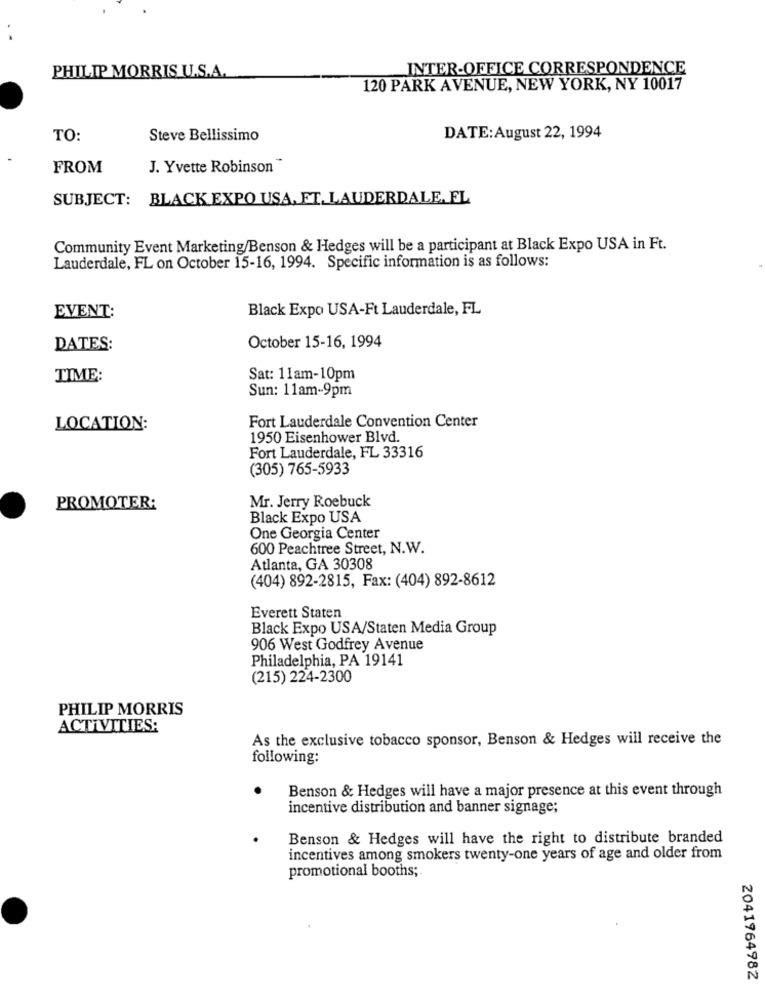
PHILIP MORRIS U.S.A.
INTER-OFFICE CORRESPONDENCE
120 PARK AVENUE, NEW YORK, NY 10017
TO:
Steve Bellissimo
DATE: August 22, 1994
FROM
J. Yvette Robinson"
SUBJECT: BLACK EXPO USA. FT. LAUDERDALE. FL
Community Event Marketing/Benson & Hedges will be a participant at Black Expo USA in Ft.
Lauderdale, FL on October 15-16, 1994. Specific information is as follows:
Black Expo USA-Ft Lauderdale, FL
EVENT:
DATES:
October 15-16, 1994
TIME:
Sat: 11am-10pm
Sun: 11am-9pm
LOCATION:
Fort Lauderdale Convention Center
1950 Eisenhower Blvd.
Fort Lauderdale, FL 33316
(305) 765-5933
Mr. Jerry Roebuck
PROMOTER:
Black Expo USA
One Georgia Center
600 Peachtree Street, N.W.
Atlanta, GA 30308
(404) 892-2815, Fax: (404) 892-8612
Everett Staten
Black Expo USA/Staten Media Group
906 West Godfrey Avenue
Philadelphia, PA 19141
(215) 224-2300
PHILIP MORRIS
ACTIVITIES:
As the exclusive tobacco sponsor, Benson & Hedges will receive the
following:
Benson & Hedges will have a major presence at this event through
incentive distribution and banner signage;
Benson & Hedges will have the right to distribute branded
incentives among smokers twenty-one years of age and older from
promotional booths;
2041964982